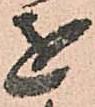
を